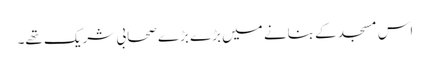
اس مسجد کے بنانے میں بڑے بڑے صحابی شریک تھے۔